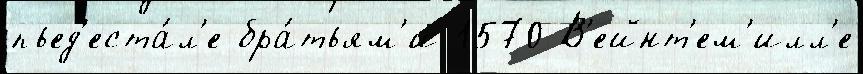
пьед'еста́л'е бра́тьям'и 1570 В'ейнт'ем'илл'е